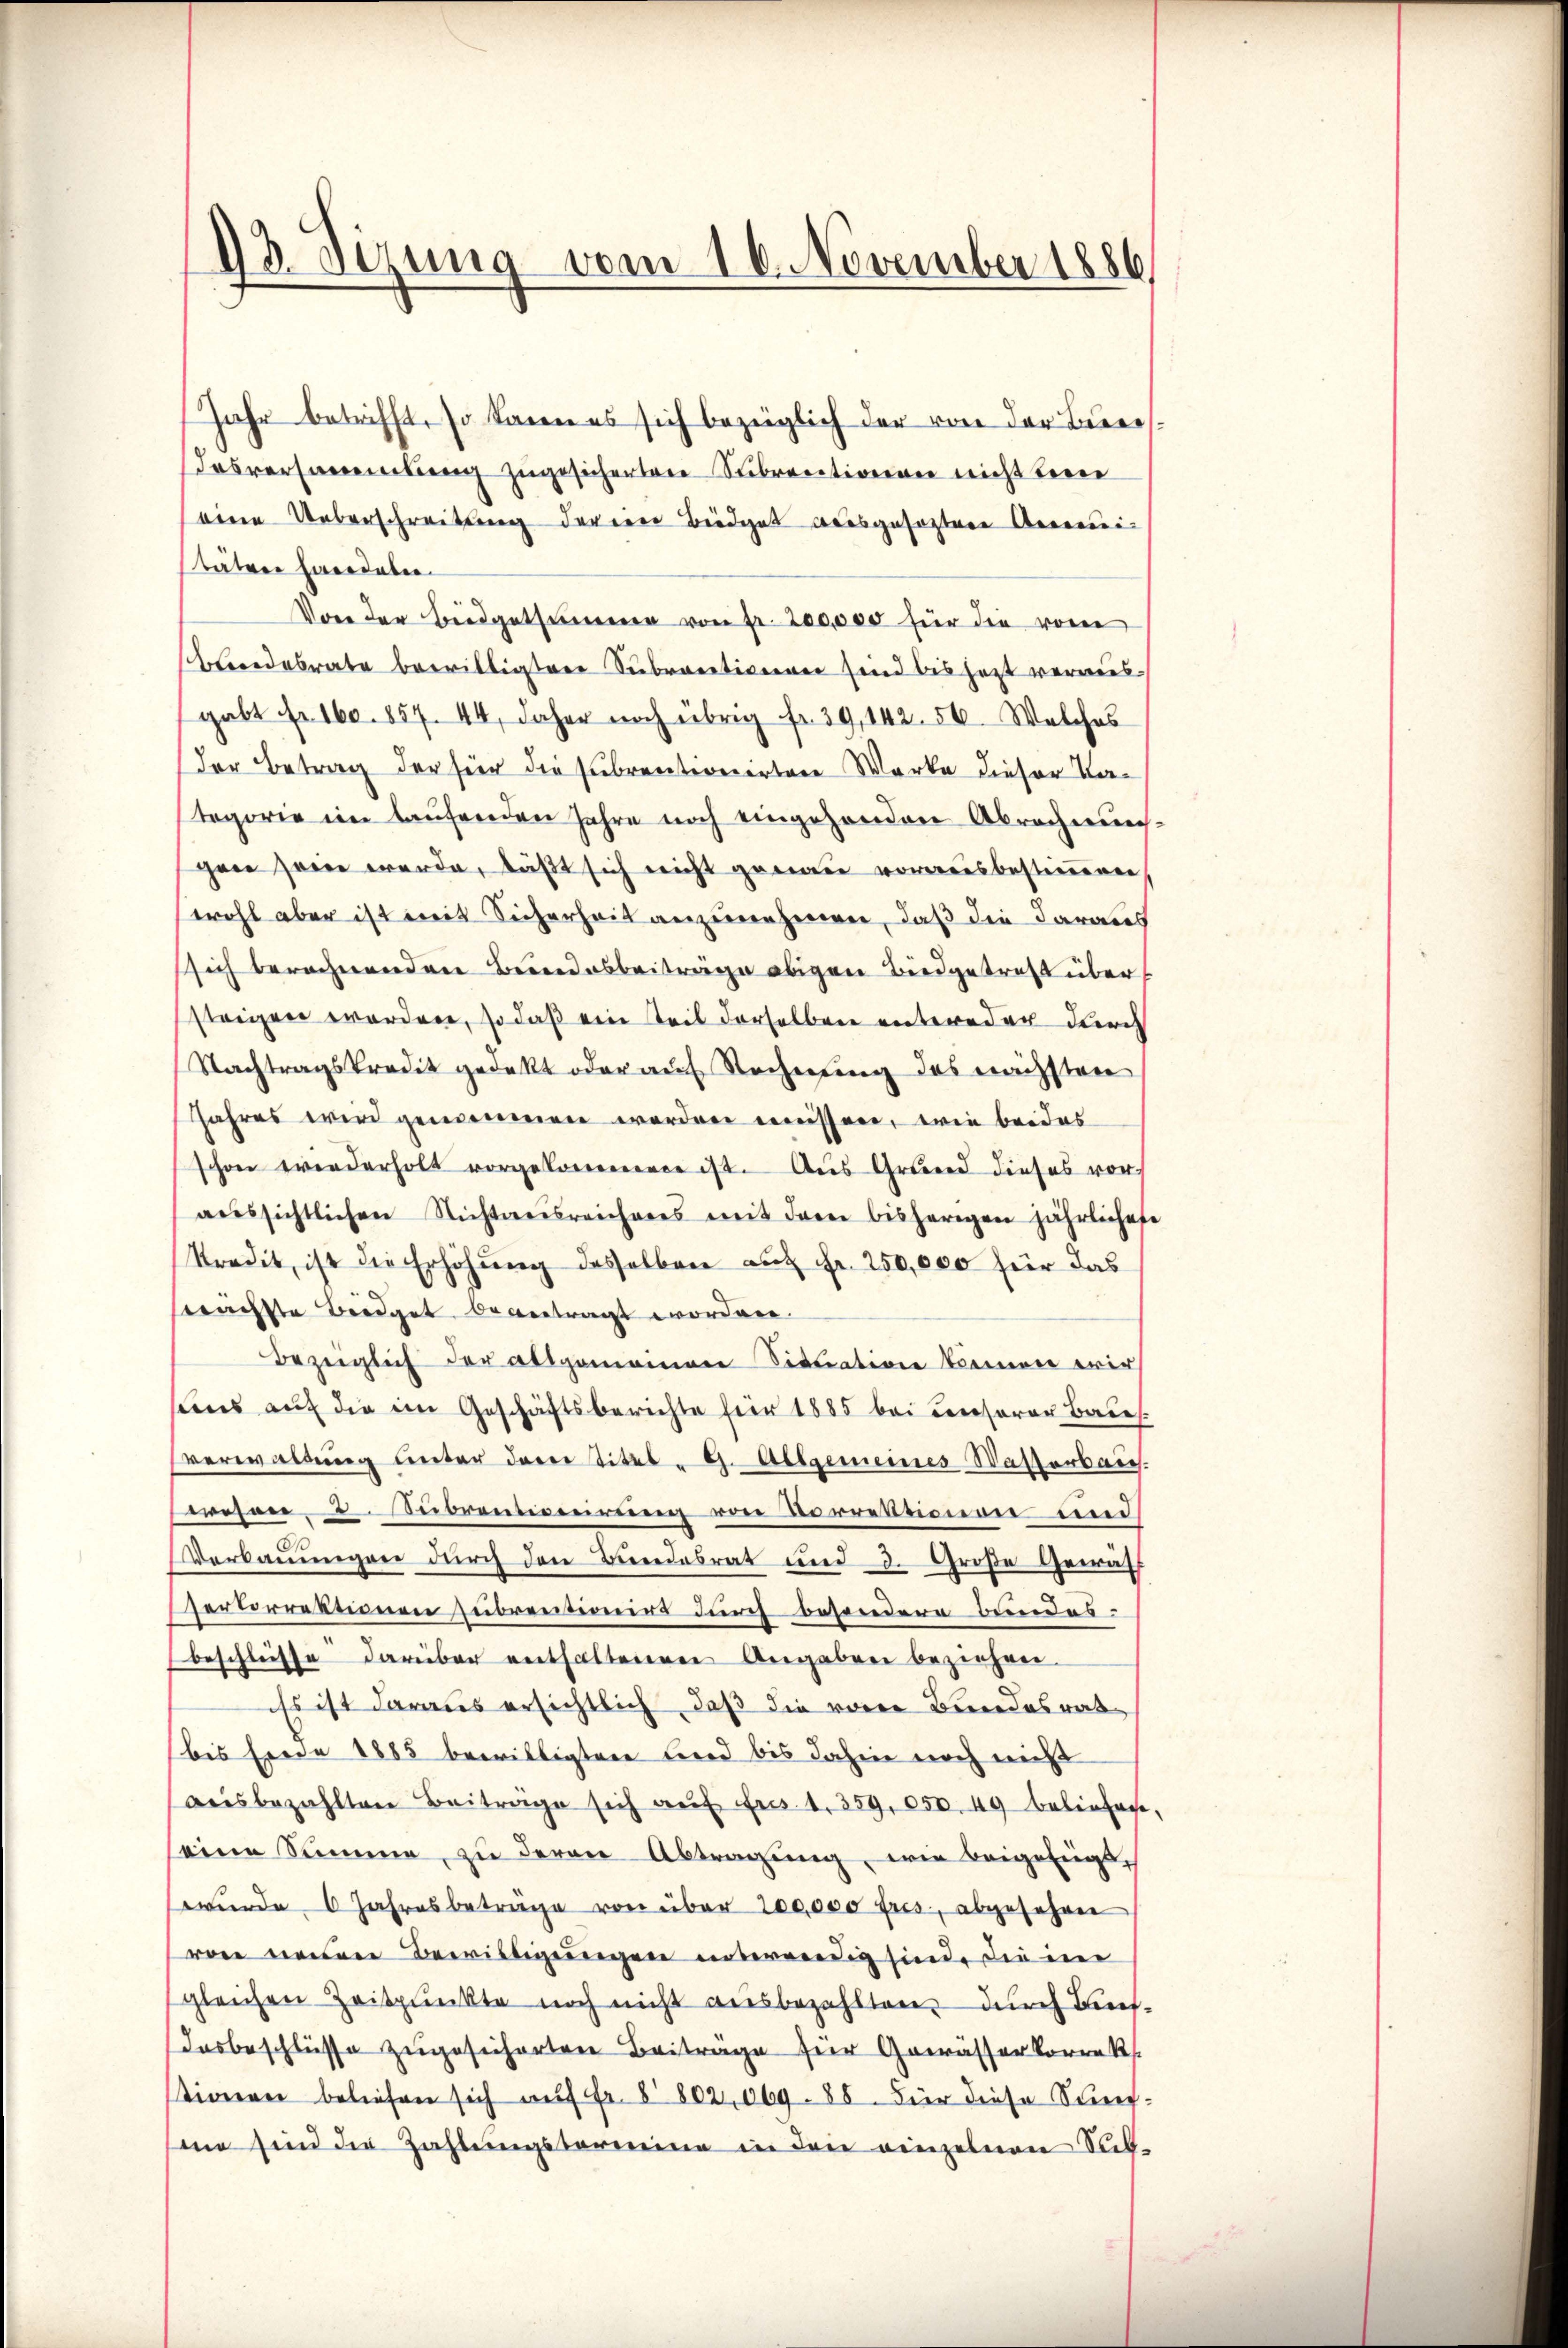
13. Sizung vom 16. November 1886

Jahr betrifft, so kann es sich bezüglich der von der Beeres
Tesversammlung zugesicherten Subrentionen nicht bei
eine Ueberschreitung deren Beidgat ausgeseztere Annemi-
tätere Eierdeben
Von der Budgetsumme von Fr. 200,000 für die vom
Bundesrate bewilligten Subrativen sind bis heit vermesgabt fr. 160. 857. 44, daher noch übrig fr. 39, 142. 56. Welches
der Betrag der für die subrentionirtere Werke dieser Kategorie im laufenden Jahre noch eingehenden Abrechnung:
gaer sein werde, läßt sich nicht geeigen vorausbestimmenen
wohl aber ist mit Sicherheit anzunehmen, daß die daraus
sich berechnenden Bundesbeiträge obigen Biedgetreff über
steigen worden, so daß ein Teil derselben entweder durch
Nachtragskredit gedekt oder auf Rechnung des nächsten
Jahres wird genommen worden müssen, wie beides
schon wiederholt vorgekommene ist. Aŭs Grund dieses vor-
aŭssichtlichen Nichtansreicheres mit dem bisherigen jährlichese
Kredit, ist die Erhöhung desselben auf Fr. 250,000 für das
trächste Beidget beantragt worden.
Bezüglich der allgemeinen Situation können wir
stens auf die im Geschäftsberichte für 1885 bei Conserer Baues
verwaltung unter darei Titel - 9. Allgemeines Wasserbaus.
wesen 5. Sibrentisirung von Vorretionen und
Verkanungen durch den Bundesrat und 3. Große Gewäh
pertorrenonen subrentimirt durch beendere Bundes.
beschleisse darüber enthalteneren Angaben beziehen.
iss ist daraus ersichtlich, daß die von Bundesrat
(bis Ende 1885 bewilligten Brod bis dahin noch nicht
aŭsbezahlten Beiträge sich aŭf Fr. 1. 359, 050. 49 beliefen,
seine Summe, zu deren Abtragung, wie beigefügt,
wŭrde 6 Jahresbeträge von über 200,000 fres, abgefahren
von neuen Bewilligungen unterendig sind, die im
gleichen Zeitpunkte noch nicht ausbezahlten durch des¬
Dosbeschlüsse zugesicherten Beiträge für Gewässerkorrek
stionen beliefen sich auf Fr. § 802,069. 88. Für diese Sünf-
me sind die Zahlŭngstermine in den einzelnen Sich-